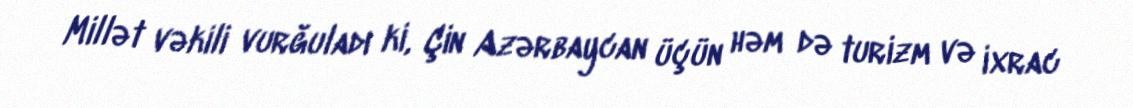
Millət vəkili vurğuladı ki, Çin Azərbaycan üçün həm də turizm və ixrac